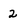
Character: 2